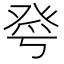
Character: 𤼮